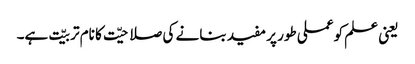
یعنی علم کو عملی طور پر مفید بنانے کی صلاحیّت کا نام تربیّت ہے۔